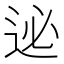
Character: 𨒜